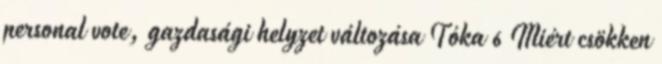
personal vote, gazdasági helyzet változása Tóka 6 Miért csökken